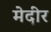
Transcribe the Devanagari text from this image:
मेदीर